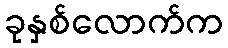
ခုနှစ်လောက်က